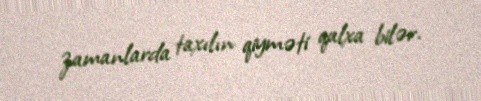
zamanlarda taxılın qiyməti qalxa bilər.